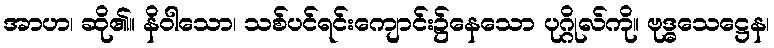
အာဟ၊ ဆို၏။ နိဝါသော၊ သစ်ပင်ရင်းကျောင်း၌နေသော ပုဂ္ဂိုလ်ကို။ ဗုဒ္ဓသေဋ္ဌေန၊